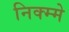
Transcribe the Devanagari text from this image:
निक्म्मे